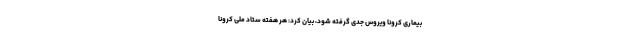
بیماری کرونا ویروس جدی گرفته شود، بیان کرد: هر هفته ستاد ملی کرونا